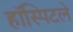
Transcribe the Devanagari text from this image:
हॉस्पिटले